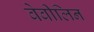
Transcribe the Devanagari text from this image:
बेबीलिन